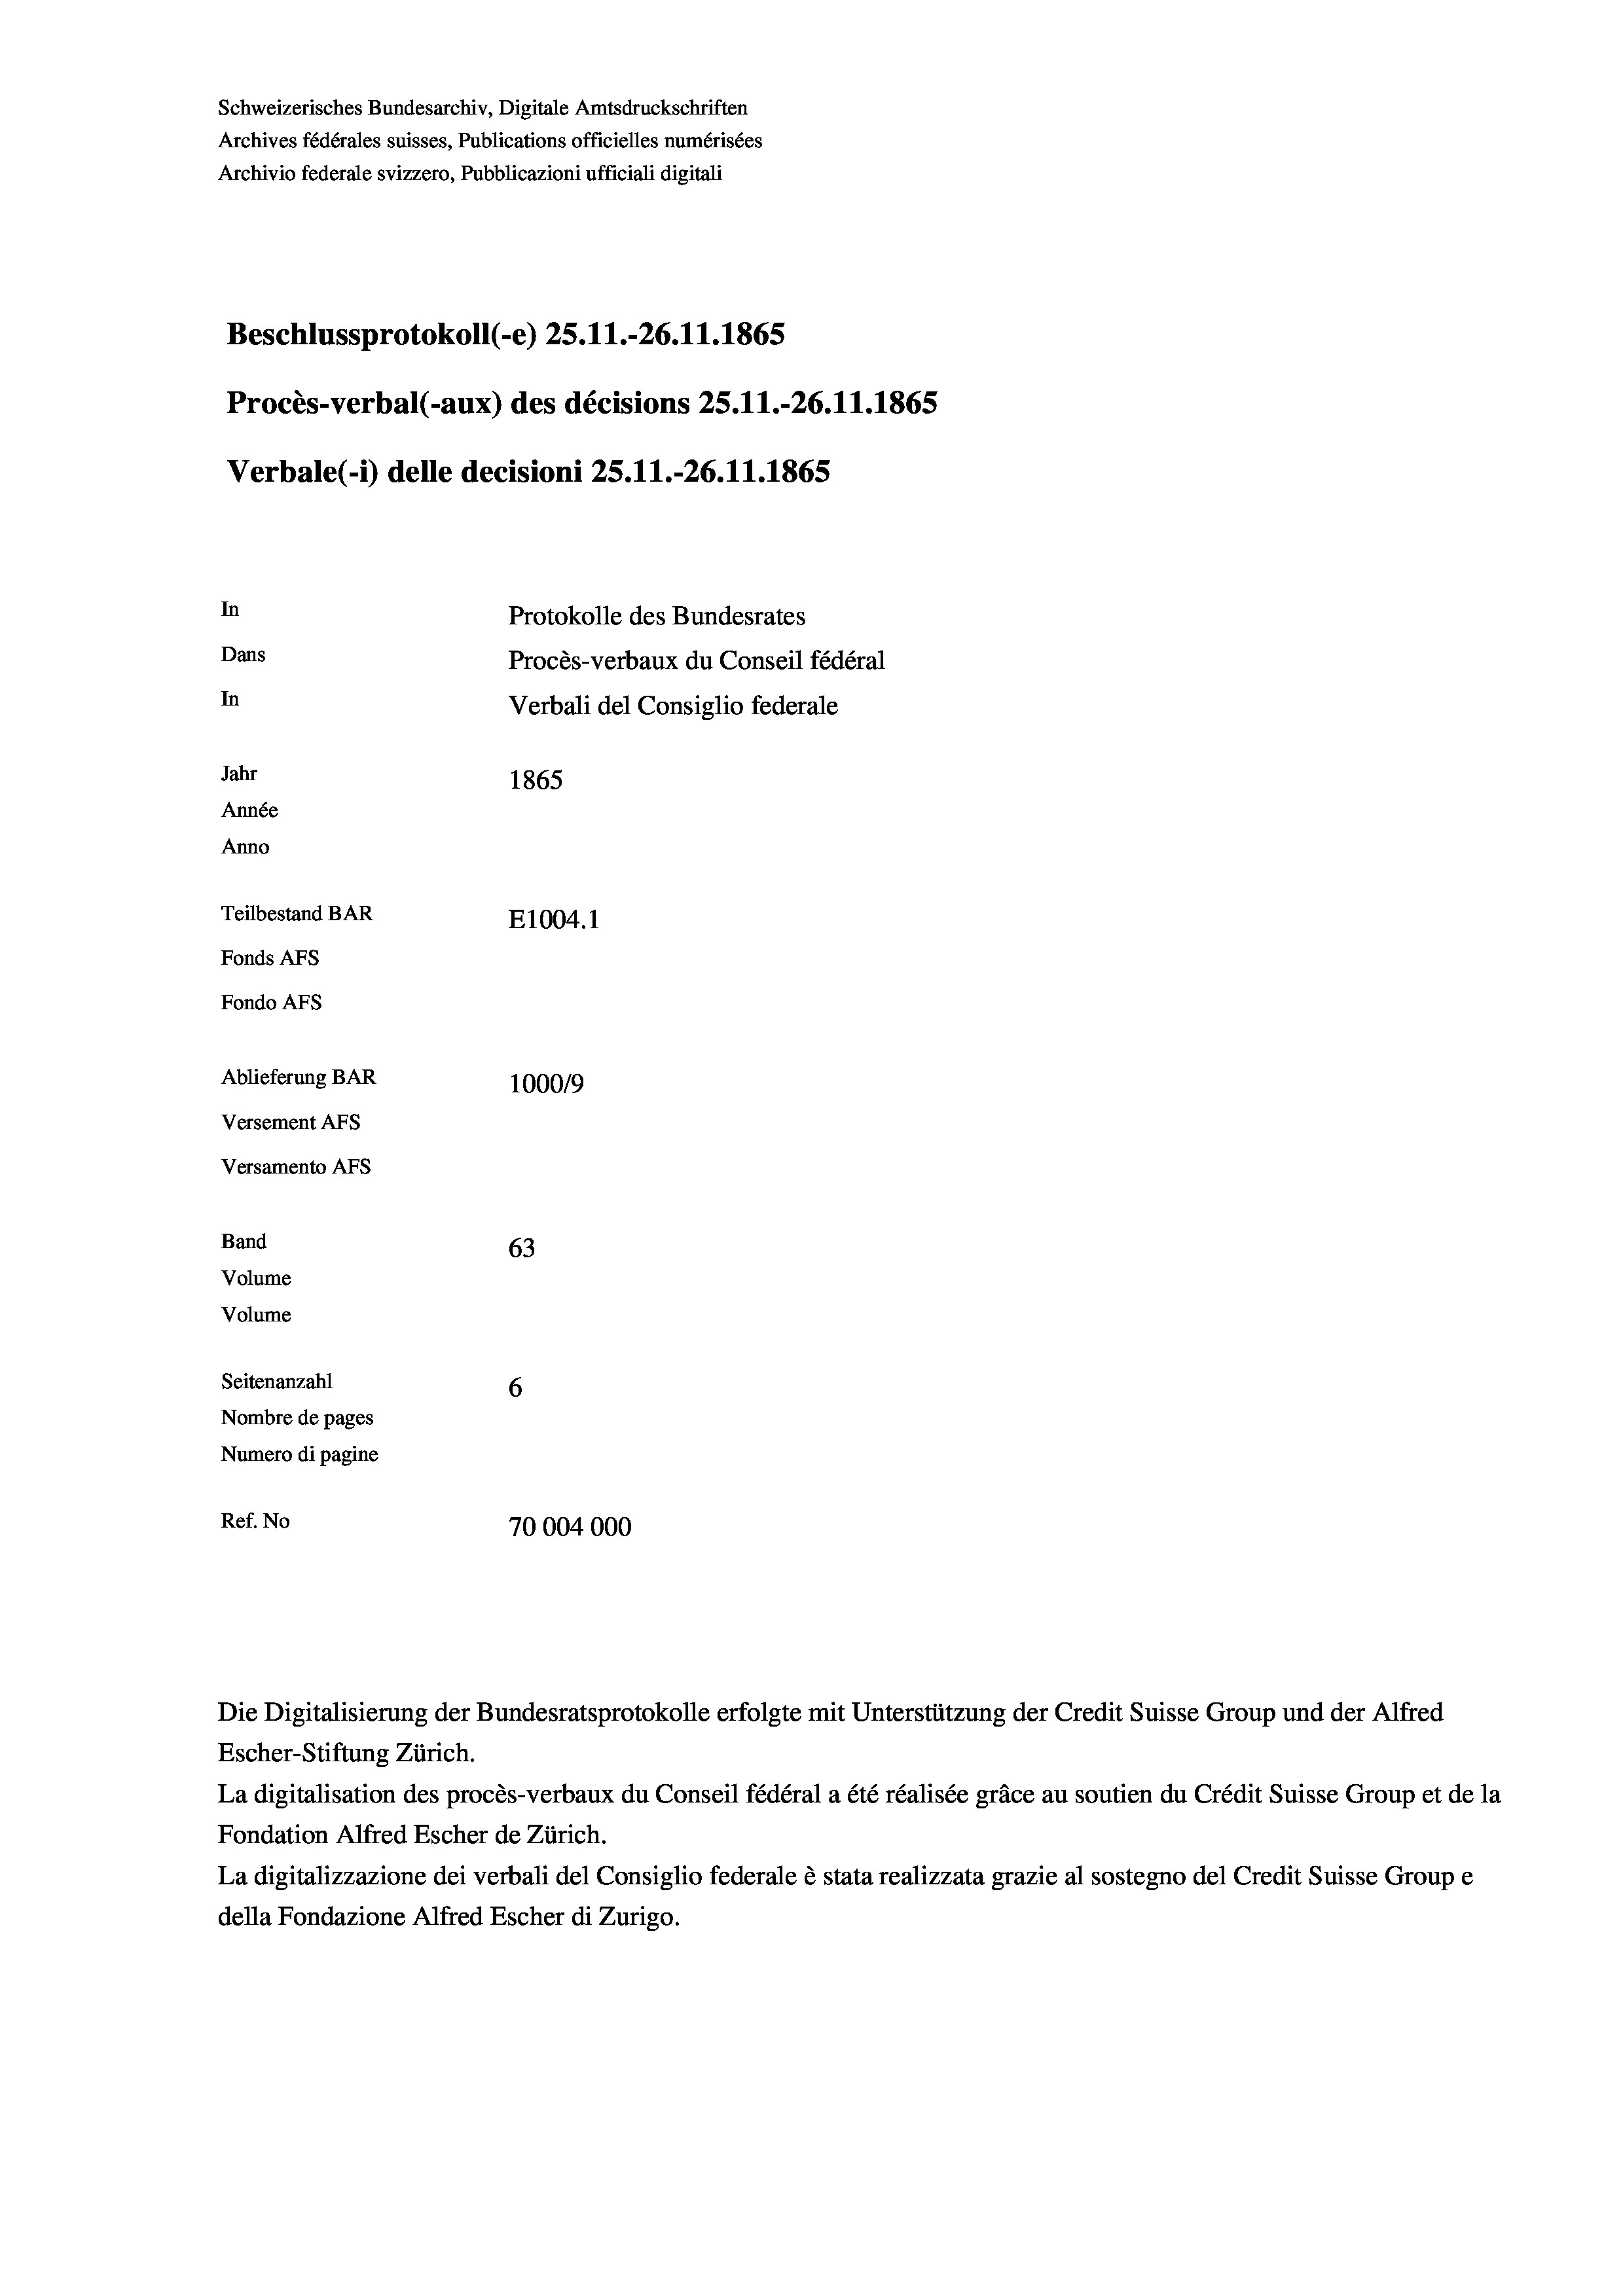
Schweizerisches Bundesarchiv, Digitale Amtsdruckschriften
Archives fédérales suisses, Publications officielles numérisées
Archivio federale svizzero, Pubblicazioni ufficiali digitali
Beschlussprotokoll (-e) 25.11.-26. 11. 1865
Procès-verbal (-aux) des décisions 25.11.-26.11.1865
Verbale(-*) delle decisioni 25.11.-26. 11. 1865
In
Protokolle des Bundesrates
Dans
Procès-verbaux du Conseil fédéral
In
Verbali del Consiglio federale
Jahr
1865
Année
Anno
Teilbestand BAR
E1004.1
Fonds AFs
Fondo AFS
Ablieferung BAR
100019
Versement As
Versamento AFs
Band
63
Volume
Volume
Seitenanzahl
6

Nombre de pages
Numero di pagine
Ref. No
70004000

Escher-Stiftung Zürich.
La digitalisation des procès-verbaux du Conseil fédéral a été réalisée gräce au soutien du Crédit Suisse Group et de la
Fondation Alfred Escher de Zürich.
La digitalizzazione dei verbali del Consiglio federale è stata realizzata grazie al sostegno del Credit Suisse Groupe
della Fondazione Alfred Escher di Zurigo.

Die Digitalisierung der Bundesratsprotokolle erfolgte mit Unterstützung der Credit Suisse Group und der Alfred